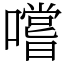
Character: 嚐